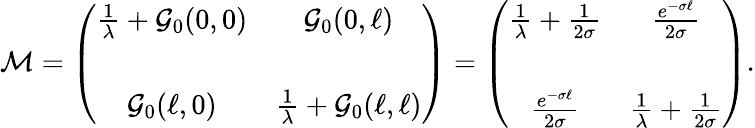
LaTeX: {\cal M}=\left(\begin{array}{cc}{{\frac{1}{\lambda}+{\cal G}_{0}(0,0)}}&{{{\cal G}_{0}(0,\ell)}}\\ {{}}&{{}}\\ {{{\cal G}_{0}(\ell,0)}}&{{\frac{1}{\lambda}+{\cal G}_{0}(\ell,\ell)}}\end{array}\right)=\left(\begin{array}{cc}{{\frac{1}{\lambda}+\frac{1}{2\sigma}}}&{{\frac{e^{-\sigma\ell}}{2\sigma}}}\\ {{}}&{{}}\\ {{\frac{e^{-\sigma\ell}}{2\sigma}}}&{{\frac{1}{\lambda}+\frac{1}{2\sigma}}}\end{array}\right).